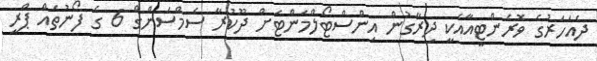
ދެއަހަރުގެ ވޮރެންޓީއާއެކީ ދިރާގުން އިންސްޓޯލްމަންޓަށް ދޫކުރާ ސެމްސަންގް 6 ގެ ފޯނުތައް ޕްރީ